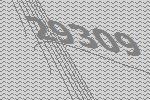
29309